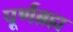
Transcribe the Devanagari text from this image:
पूर्णब्रह्म